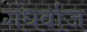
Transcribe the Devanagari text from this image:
गंधर्वाज